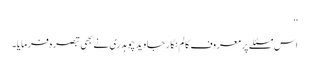
‘‘
اس مسئلے پر معروف کالم نگار جاوید چوہدری نے بھی تبصرہ فرمایا۔